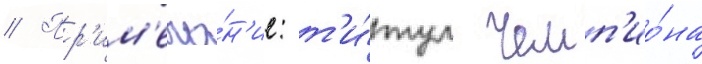
// Пр'им'еча́н'ие: т'и́тул чемп'ио́на